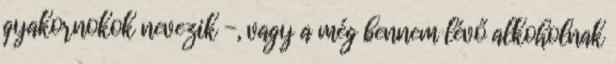
gyakornokok nevezik -, vagy a még bennem lévő alkoholnak